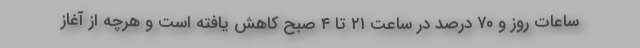
ساعات روز و ۷۰ درصد در ساعت ۲۱ تا ۴ صبح کاهش یافته است و هرچه از آغاز